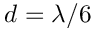
d = \lambda / 6